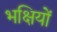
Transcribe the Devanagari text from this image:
भक्षियों